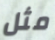
مثل